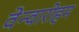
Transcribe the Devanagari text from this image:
वेन्वारोहम